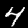
Digit: 4